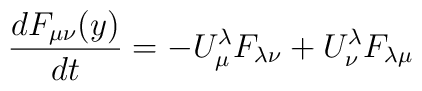
{{dF_{\mu\nu}(y)} \over {dt}} = -U_\mu^\lambda F_{\lambda\nu}+ U_\nu^\lambda F_{\lambda\mu}